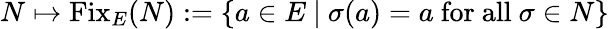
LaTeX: N\mapsto{\mathrm{Fix}}_{E}(N):=\{ a\in E~|~\sigma(a)=a{\mathrm{~for~all~}}\sigma\in N\}